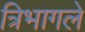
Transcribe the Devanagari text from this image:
त्रिभागले